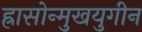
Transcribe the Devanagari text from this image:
ह्रासोन्मुखयुगीन